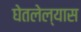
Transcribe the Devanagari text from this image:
घेतलेल्यास